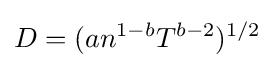
D=(an^{1-b}T^{b-2})^{1/2}